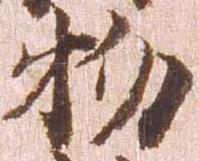
物